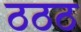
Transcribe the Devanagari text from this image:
ठठठ